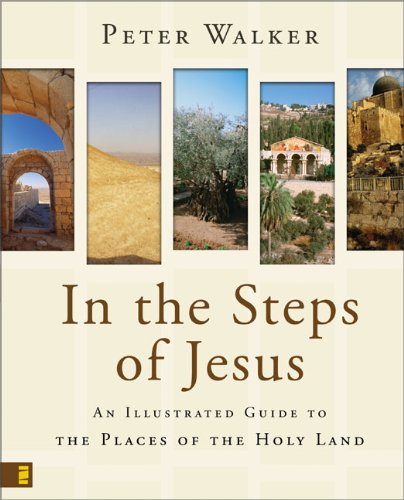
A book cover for In the Steps of Jesus: An Illustrated Guide to the Places of the Holy Land; Peter Walker; Science & Math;